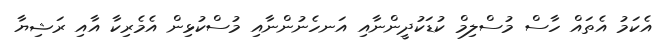
އެކަމު އެތައް ހާސް މުސްލިމް ކުޑަކުދީންނާއި އަނހެނުންނާއި މުސްކުޅިން އެމެރިކާ އާއި ރަޝިޔާ